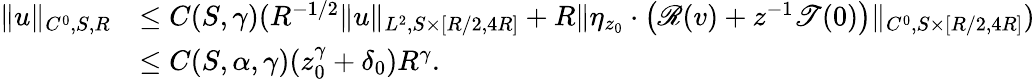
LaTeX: \begin{array}{rl}{\| u\| _{C^{0},S,R}}&{\leq C(S,\gamma)(R^{-1/2}\| u\| _{L^{2},S\times[R/2,4R]}+R\| \eta_{z_{0}}\cdot\left(\mathscr{R}(v)+z^{-1}\mathscr{T}(0)\right)\| _{C^{0},S\times[R/2,4R]})}\\ &{\leq C(S,\alpha,\gamma)(z_{0}^{\gamma}+\delta_{0})R^{\gamma}.}\end{array}